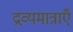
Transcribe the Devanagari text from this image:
द्रव्यमात्राएँ